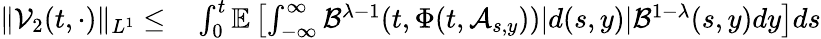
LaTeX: \begin{array}{rl}{\| \mathcal{V}_{2}(t,\cdot)\| _{L^{1}}\leq}&{{}\int_{0}^{t}\mathbb{E}\left[\int_{-\infty}^{\infty}\mathcal{B}^{\lambda-1}(t,\Phi(t,\mathcal{A}_{s,y}))|d(s,y)|\mathcal{B}^{1-\lambda}(s,y)dy\right]ds}\end{array}